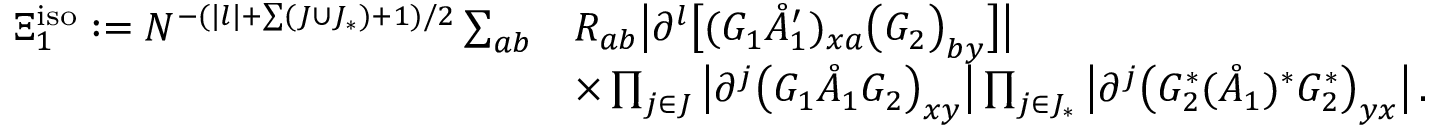
\begin{array} { r l } { \Xi _ { 1 } ^ { \mathrm { i s o } } : = N ^ { - ( | \boldsymbol { l } | + \sum ( J \cup J _ { * } ) + 1 ) / 2 } \sum _ { a b } } & { R _ { a b } \big | \partial ^ { \boldsymbol { l } } \big [ ( G _ { 1 } \mathring { A } _ { 1 } ^ { \prime } ) _ { \boldsymbol { x } a } \big ( G _ { 2 } \big ) _ { b \boldsymbol { y } } \big ] \big | } \\ & { \times \prod _ { \boldsymbol { j } \in J } \big | \partial ^ { \boldsymbol { j } } \big ( G _ { 1 } \mathring { A } _ { 1 } G _ { 2 } \big ) _ { \boldsymbol { x } \boldsymbol { y } } \big | \prod _ { \boldsymbol { j } \in J _ { * } } \big | \partial ^ { \boldsymbol { j } } \big ( G _ { 2 } ^ { * } ( \mathring { A } _ { 1 } ) ^ { * } G _ { 2 } ^ { * } \big ) _ { \boldsymbol { y } \boldsymbol { x } } \big | \, . } \end{array}